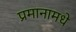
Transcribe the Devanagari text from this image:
प्रमानामधे